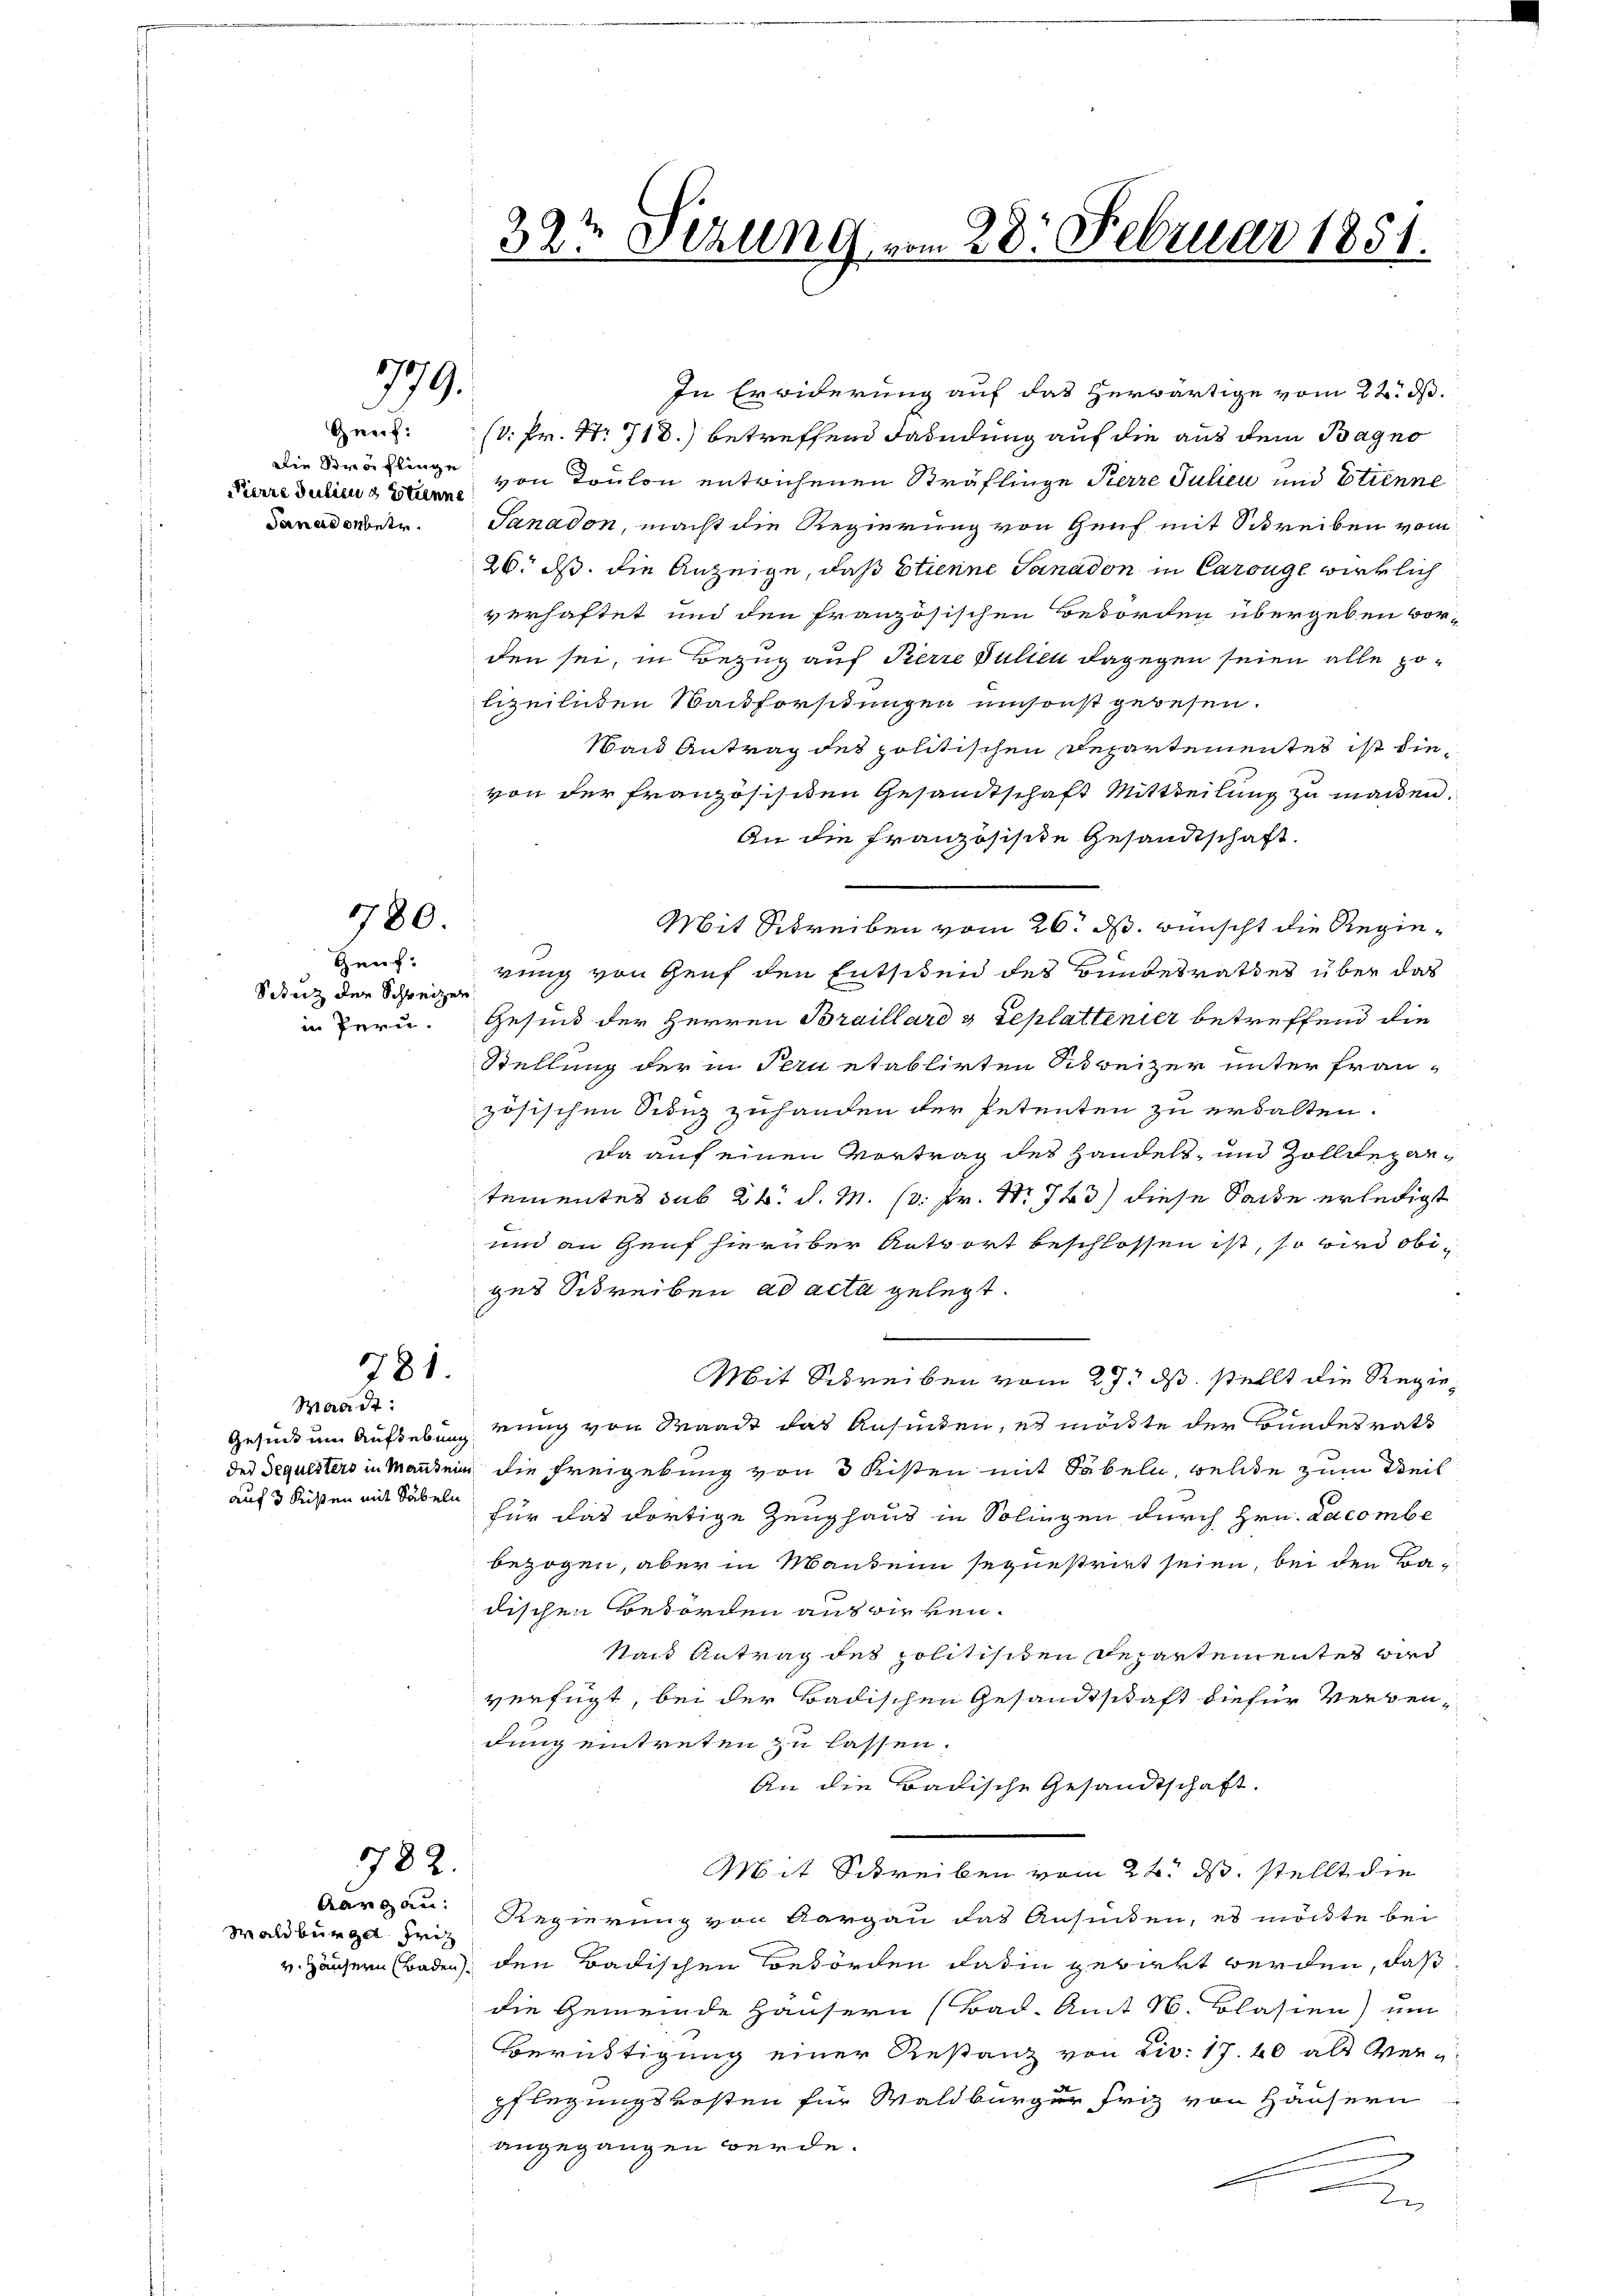
Pierre Julien & Etienne

780.

779.

Gauf.
Stutz der Schweizer
in Pern.

781.

Waadt:
auf 3 Keisen mit Säbeln

782.

Waldbürger Friz

In Erwiderung auf das herwärtige vom 22. ds.
Graz:   (d. Pr. S. 718.) betreffend Fahndung auf die aus dem Bagno
Die Sträflinge von Toulon entwichenen Sträflinge Kerre Julieu und Etienne
anadenbetr. Janadon, macht die Regierung von Genf mit Schreiben vom
26. ds. die Anzeige, daß Etienne Sanadon in Carouge wirklich
verhaftet und den französischen Behörden übergeben vor-
den sei, in Bezug auf Perre Füllen dagegen seien alle polizeilichen Nachforstungen umsonst gewesen.
Wand Antrag des politischen Departementes ist dievon der französisiten Gesandtschaft Mittheilung zu machen.
An die Französische Gesandtschaft.
Mit Schreiben vom 26. ds. wünscht die Regierung von Genf den Entscheid des Bundesrathes über das
Gesund der Herren Braillard & Seplattenier betreffend die
Stellung der in Fernetablirten Schreizer unter fran-
zösischen Sienz zuhanden der Petenten zu erwalten.
Da auf einen Vortrag des Handels, und Zolldepaetementes sub 20. d. M. D. Pr. S. 723) diese Sache erledigt
und an Genf hierüber Antwort beschlossen ist, so wird obiges Schreiben ad acta gelegt.
Mit Schreiben vom 27. ds. stellt die Regie¬
Gesind um Aufhebung nung von Waadt das anfinden, es möchte der Bundesrath
des Sequesters in Manten die Freigebung von 3 Kisten mit Sabeln, welche zum Weil
für das dortige Zeughaus in Solingen durch Hrn. Lacombe
bezogen, aber in Mandein sequestriet seien, bei den Badischen Behörden aus wirken.
Nach Antrag des politischen Departementes wird
verfügt, bei der Badischen Gesandtschaft dieser Verbendung eintreten zu lassen.
An die Badische Gesandtschaft.
Mit Schreiben vom 24. ds. stellt die
Aargau. Regierung von Aargau das Ansuchen, es möchte bei
v. Häusern Baden, den Badischen Behörden darin gebiert werden, daß
die Gemeinde Häusern (Bad. Amt N. Blasien) um
Beruftigung einer Restanz von Liv: 17. 40 als Verpflegungskosten für Waldbürger Friz von Häusern
angegangen werde.
.

.

32t Sezung vom 28. Februar 1851.